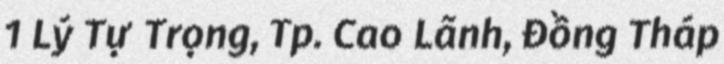
1 Lý Tự Trọng, Tp. Cao Lãnh, Đồng Tháp